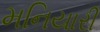
મનિયારી